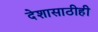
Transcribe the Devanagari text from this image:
देशासाठीही